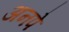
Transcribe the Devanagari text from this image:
अनपे